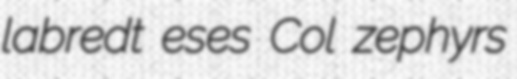
labredt eses Col zephyrs